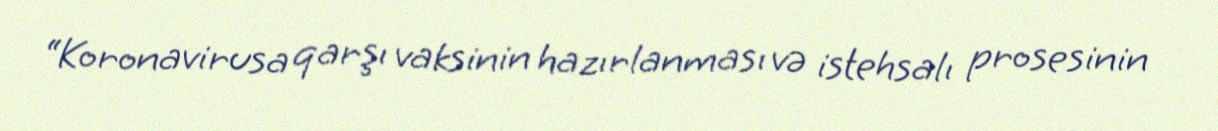
“Koronavirusa qarşı vaksinin hazırlanması və istehsalı prosesinin